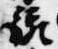
統